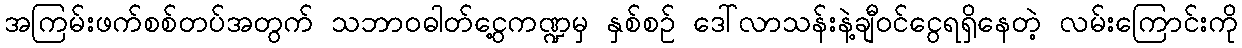
အကြမ်းဖက်စစ်တပ်အတွက် သဘာဝဓါတ်ငွေ့ကဏ္ဍမှ နှစ်စဉ် ဒေါ်လာသန်းနဲ့ချီဝင်ငွေရရှိနေတဲ့ လမ်းကြောင်းကို